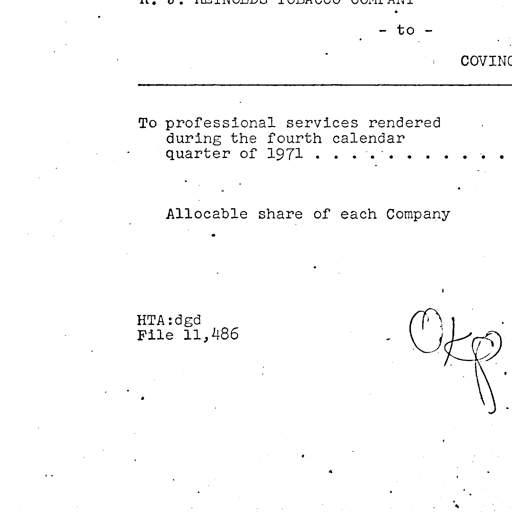
R. J. REYNOLDS TOBACCO COMPANY
- to -
COVING
To professional services rendered
during the fourth calendar
quarter of 1971 . . . . . . . . . . . .
Allocable share of each Company
HTA:dgd
File 11,486 OKP